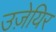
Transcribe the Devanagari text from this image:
उज़ेयिर